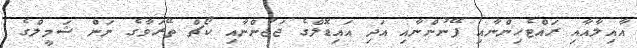
އާއިލާއާއި ރައްޓެހިންނާއި ފޭނުންނާއި އަދި އައިޑޮލްގެ ޖަޖުންނާއި ކޯޗް ތޭރަވާގެ ނަން ޝަމީލްގެ